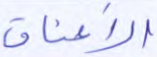
الأعناق